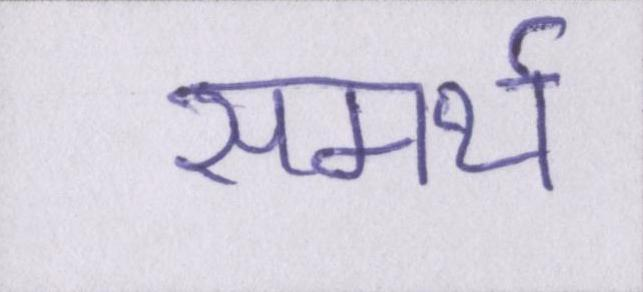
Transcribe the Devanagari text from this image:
समर्थ